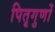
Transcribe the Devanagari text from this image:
पितृगुणों